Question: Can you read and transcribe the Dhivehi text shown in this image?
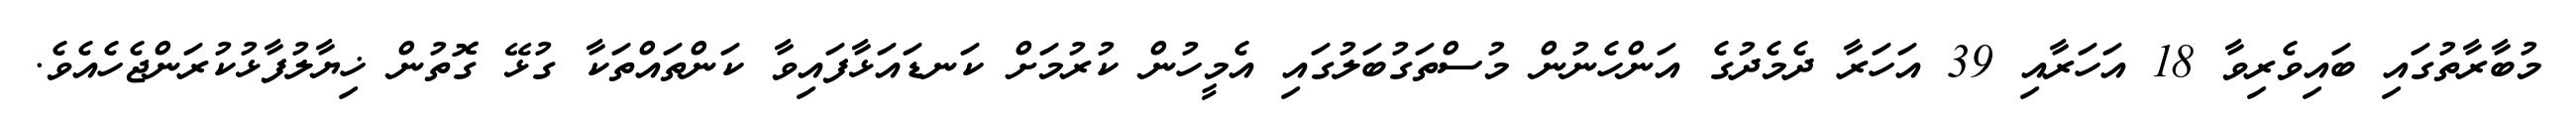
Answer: މުބާރާތުގައި ބައިވެރިވާ 18 އަހަރާއި 39 އަހަރާ ދެމެދުގެ އަންހެނުން މުސްތަގުބަލުގައި އެމީހުން ކުރުމަށް ކަނޑައަޅާފައިވާ ކަންތައްތަކާ ގުޅޭ ގޮތުން ޚިޔާލުފާޅުކުރަންޖެހެއެވެ.